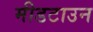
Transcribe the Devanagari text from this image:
मीडटाउन